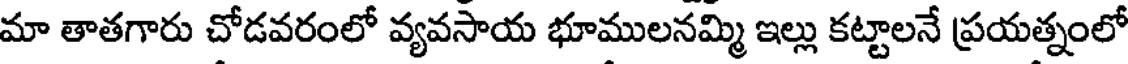
మా తాతగారు చోడవరంలో వ్యవసాయ భూములనమ్మి ఇల్లు కట్టాలనే ప్రయత్నంలో